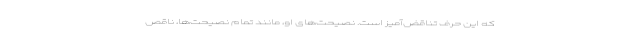
که این حرف تناقض‌آمیز است. نصیحت‌های او، مانند تمام نصیحت‌ها، ناقص